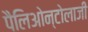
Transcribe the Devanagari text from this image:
पैलिओन्टोलाजी